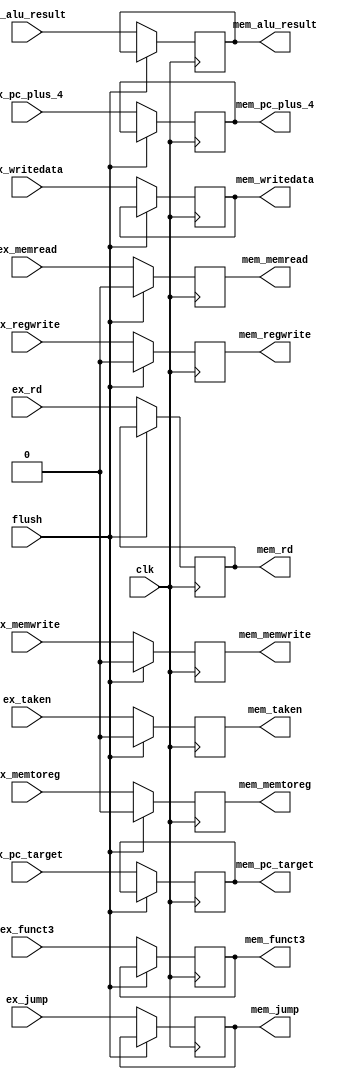
//exmem_reg.v


module exmem_reg #(
  parameter DATA_WIDTH = 32
)(
  // TODO: Add flush or stall signal if it is needed

  //////////////////////////////////////
  // Inputs
  //////////////////////////////////////
  input clk,

  input [DATA_WIDTH-1:0] ex_pc_plus_4,
  input [DATA_WIDTH-1:0] ex_pc_target,
  input ex_taken,

  // mem control
  input ex_memread,
  input ex_memwrite,

  // wb control
  input [1:0] ex_jump,
  input ex_memtoreg,
  input ex_regwrite,
  
  input [DATA_WIDTH-1:0] ex_alu_result,
  input [DATA_WIDTH-1:0] ex_writedata,
  input [2:0] ex_funct3,
  input [4:0] ex_rd,
  input flush,
  
  //////////////////////////////////////
  // Outputs
  //////////////////////////////////////
  output reg [DATA_WIDTH-1:0] mem_pc_plus_4,
  output reg [DATA_WIDTH-1:0] mem_pc_target,
  output reg mem_taken,

  // mem control
  output reg mem_memread,
  output reg mem_memwrite,

  // wb control
  output reg [1:0] mem_jump,
  output reg mem_memtoreg,
  output reg mem_regwrite,
  
  output reg [DATA_WIDTH-1:0] mem_alu_result,
  output reg [DATA_WIDTH-1:0] mem_writedata,
  output reg [2:0] mem_funct3,
  output reg [4:0] mem_rd
);

// TODO: Implement EX / MEM pipeline register module

always @(posedge clk) begin
  if(flush == 0) begin
	mem_pc_plus_4 <= ex_pc_plus_4;
	mem_pc_target <= ex_pc_target;
	mem_taken <= ex_taken;
	mem_memread <= ex_memread;
	mem_memwrite <= ex_memwrite;
	mem_jump <= ex_jump;
	mem_memtoreg <= ex_memtoreg;
	mem_regwrite <= ex_regwrite;
	mem_alu_result <= ex_alu_result;
	mem_writedata <= ex_writedata;
	mem_funct3 <= ex_funct3;
	mem_rd <= ex_rd;
  end
  else begin // flush operation: insert a NOP to MEM stage
	mem_taken <= 0;
	mem_memread <= 0;
    mem_memwrite <= 0;
	mem_memtoreg <= 0;
    mem_regwrite <= 0;
  end
end

endmodule